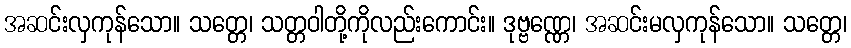
အဆင်းလှကုန်သော။ သတ္တေ၊ သတ္တဝါတို့ကိုလည်းကောင်း။ ဒုဗ္ဗဏ္ဏေ၊ အဆင်းမလှကုန်သော။ သတ္တေ၊